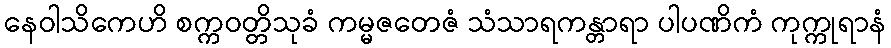
နေဝါသိကေဟိ စက္ကဝတ္တိသုခံ ကမ္မဇတေဇံ သံသာရကန္တာရာ ပါပဏိကံ ကုက္ကုရာနံ